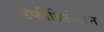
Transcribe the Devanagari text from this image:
डेफीब्रिलेशन